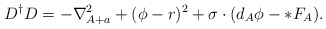
\begin{align*}D^\dagger D=-\nabla_{A+a}^2+(\phi-r)^2+\sigma\cdot(d_A\phi-*F_A).\end{align*}